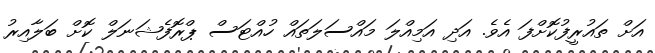
އަށް ތައުރީފުކޮށްފަ އެވެ. އަދި އަމިއްލަ މައްސަލަތައް ހުއްޓަސް ޕްރޮފެޝަނަލް ކޮށް ބަލާއިރު